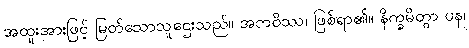
အထူးအားဖြင့် မြတ်သောသူဌေးသည်။ အဘဝိဿ၊ ဖြစ်ရာ၏။ နိက္ခမိတွာ ပန၊